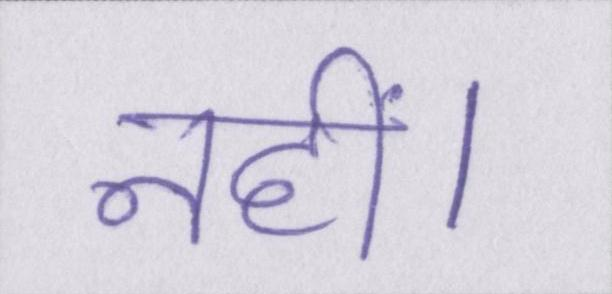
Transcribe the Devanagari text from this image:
नहीं।